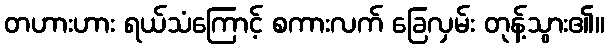
တဟားဟား ရယ်သံကြောင့် စကားလက် ခြေလှမ်း တုန့်သွား၏။